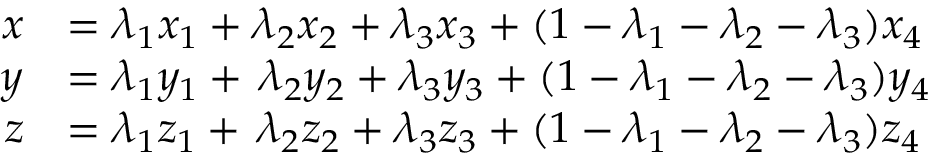
{ \begin{array} { r l } { x } & { = \lambda _ { 1 } x _ { 1 } + \lambda _ { 2 } x _ { 2 } + \lambda _ { 3 } x _ { 3 } + ( 1 - \lambda _ { 1 } - \lambda _ { 2 } - \lambda _ { 3 } ) x _ { 4 } } \\ { y } & { = \lambda _ { 1 } y _ { 1 } + \, \lambda _ { 2 } y _ { 2 } + \lambda _ { 3 } y _ { 3 } + ( 1 - \lambda _ { 1 } - \lambda _ { 2 } - \lambda _ { 3 } ) y _ { 4 } } \\ { z } & { = \lambda _ { 1 } z _ { 1 } + \, \lambda _ { 2 } z _ { 2 } + \lambda _ { 3 } z _ { 3 } + ( 1 - \lambda _ { 1 } - \lambda _ { 2 } - \lambda _ { 3 } ) z _ { 4 } } \end{array} }